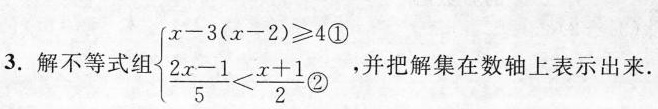
3.解不等式组$$x - 3 ( x - 2 \ge